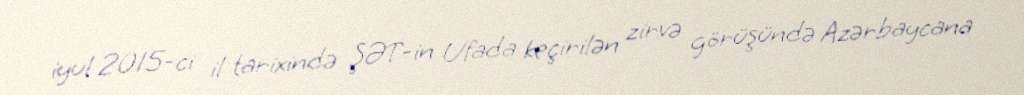
iyul 2015-ci il tarixində ŞƏT-in Ufada keçirilən zirvə görüşündə Azərbaycana